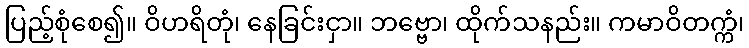
ပြည့်စုံစေ၍။ ဝိဟရိတုံ၊ နေခြင်းငှာ။ ဘဗ္ဗော၊ ထိုက်သနည်း။ ကမာဝိတက္ကံ၊